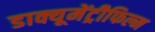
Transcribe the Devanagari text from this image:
डाक्यूमेंट्रीफिल्म